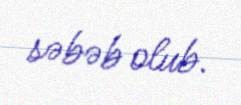
səbəb olub.